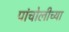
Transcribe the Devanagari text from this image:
पांचोलीच्या